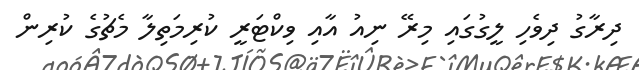
ދިރާގު ދިވެހި ލީގުގައި މިރޭ ނިއު އާއި ވިކްޓަރީ ކުރިމަތިލާ މެޗުގެ ކުރިން